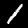
Digit: 1